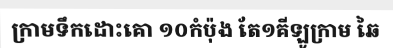
ក្រាមទឹកដោះគោ ១០កំប៉ុង តែ១គីឡូក្រាម ឆៃ